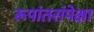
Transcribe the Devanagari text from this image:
रूपांतरांपेक्षा